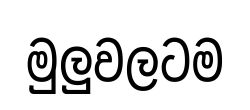
මුලුවලටම